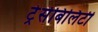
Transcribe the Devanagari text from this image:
ट्रेसेबिलिटी